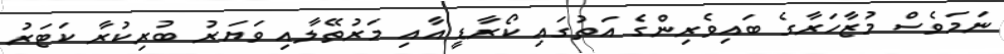
ނަމަވެސް މުޒާހަރާގެ ބައިވެރިންގެ އަތުގައި ކޯރާޑީ އާއި މަރުތޭލާއި ވަޔަރު ބުރިކުރާ ކަޓަރު